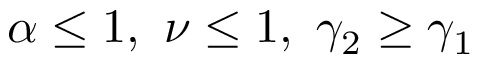
\alpha \le 1 , \ \nu \le 1 , \ \gamma _ { 2 } \ge \gamma _ { 1 }